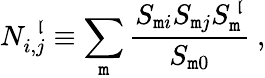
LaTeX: N_{i,j}^{~~\mathfrak{l}}\equiv\sum_{\mathtt{m}}\frac{{S_{\mathtt{m}i}S_{\mathtt{m}j}S_{\mathtt{m}}^{~\mathfrak{l}}}}{{S_{\mathtt{m}0}}}~,